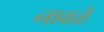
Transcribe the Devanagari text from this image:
नावळे